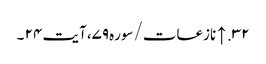
۳۲. ↑ نازعات/سوره۷۹، آیت ۲۴ ۔